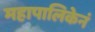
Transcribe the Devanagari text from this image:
महापालिकेनं